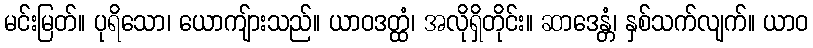
မင်းမြတ်။ ပုရိသော၊ ယောကျ်ားသည်။ ယာဝဒတ္ထံ၊ အလိုရှိတိုင်း။ ဆာဒေန္တံ၊ နှစ်သက်လျက်။ ယာဝ